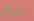
يشرفني